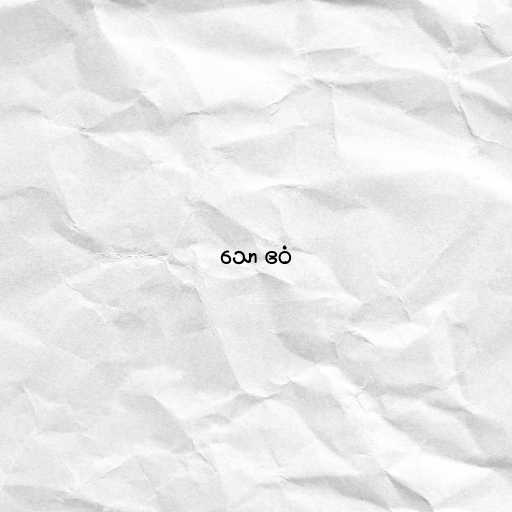
သော ဧဝံ